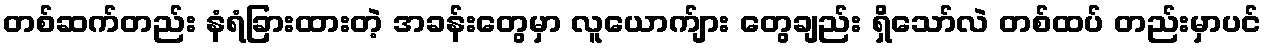
တစ်ဆက်တည်း နံရံခြားထားတဲ့ အခန်းတွေမှာ လူယောက်ျား တွေချည်း ရှိသော်လဲ တစ်ထပ် တည်းမှာပင်